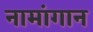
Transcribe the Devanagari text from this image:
नामांगान